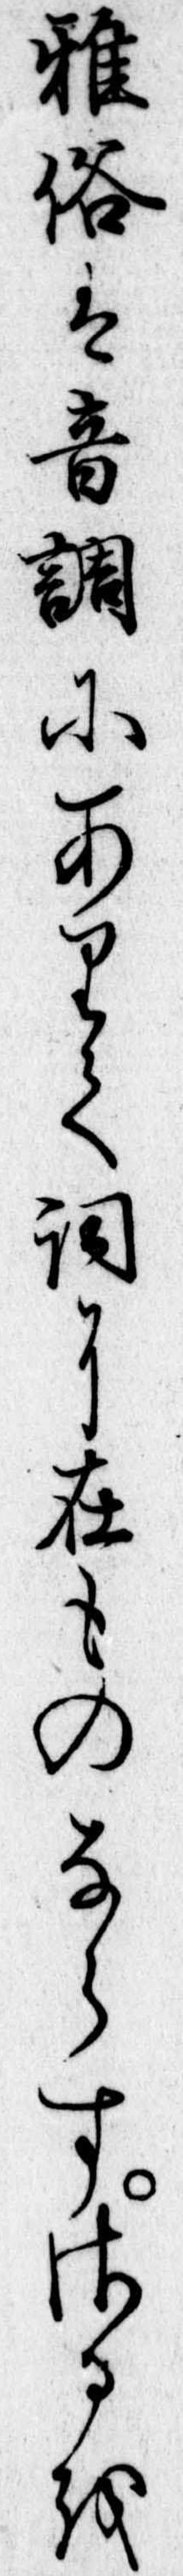
雅俗は音調にありて詞に在ものならすさるを